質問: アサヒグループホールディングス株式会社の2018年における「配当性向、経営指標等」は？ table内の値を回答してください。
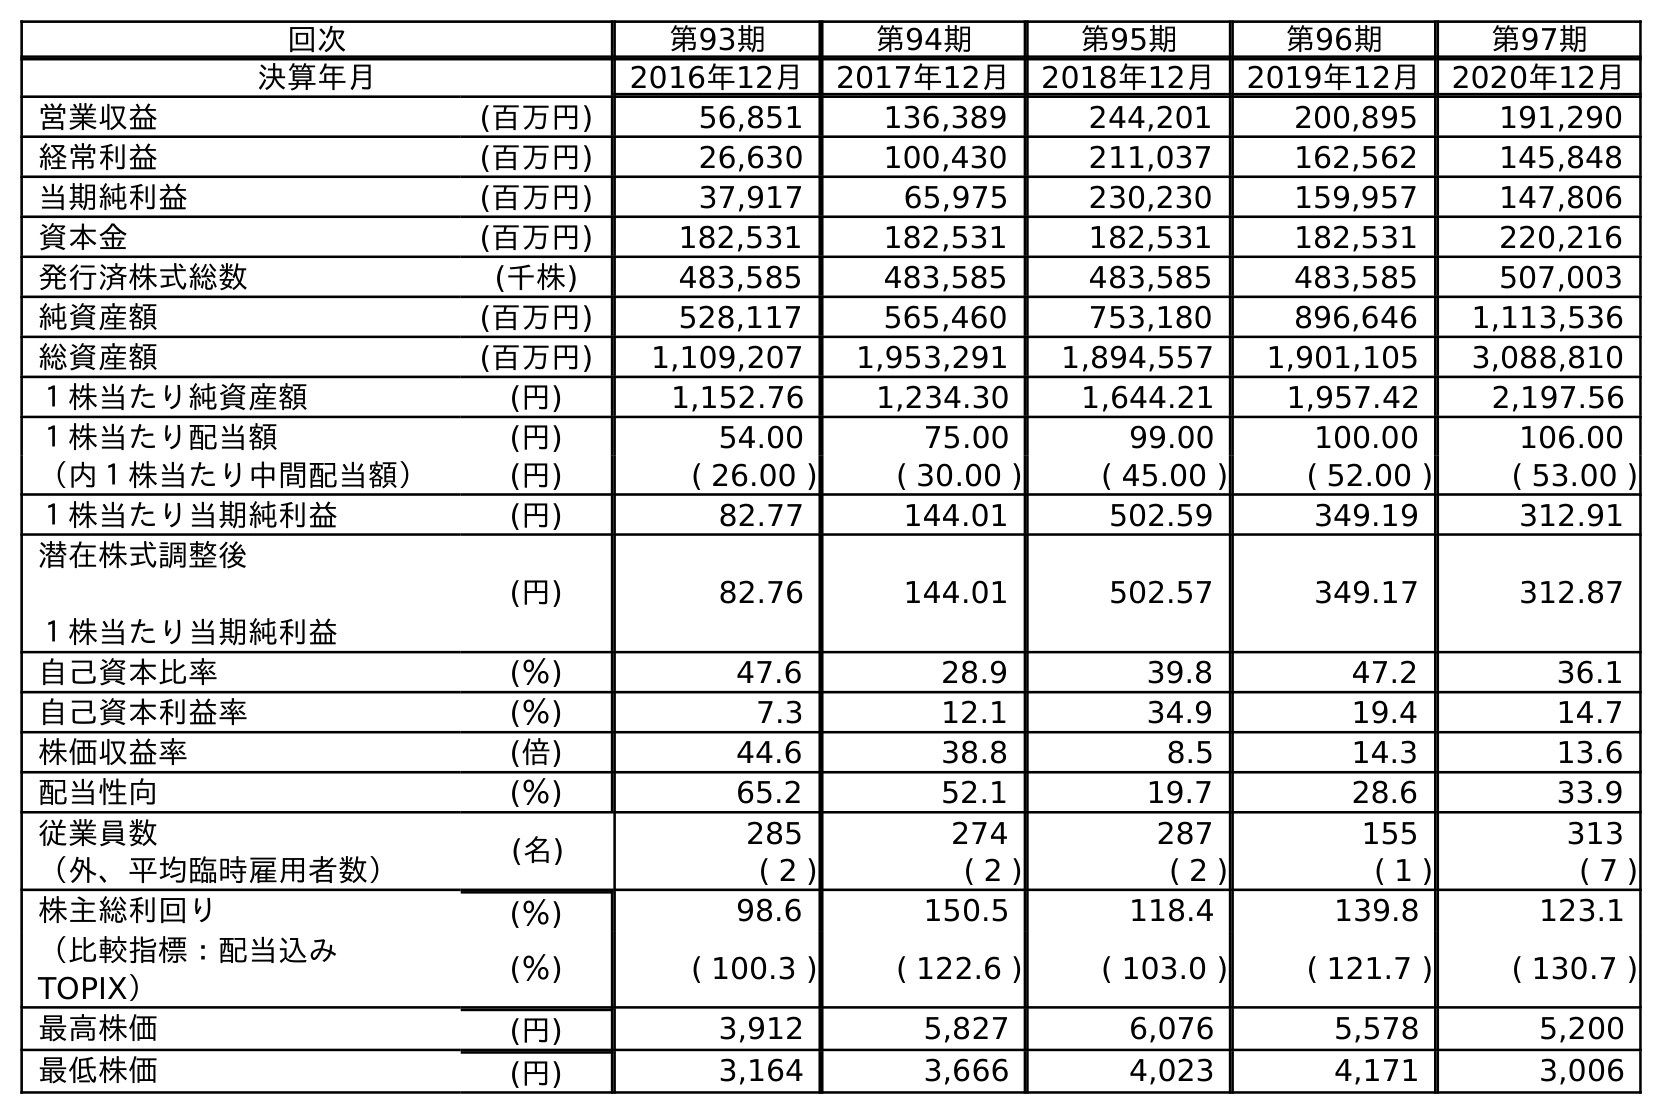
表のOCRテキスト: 回次 第93期 第94期 第95期 第96期 第97期 決算年月 2016年12月 2017年12月 2018年12月 2019年12月 2020年12月 営業収益 (百万円) 56,851 136,389 244,201 200,895 191,290 経常利益 (百万円) 26,630 100,430 211,037 162,562 145,848 当期純利益 (百万円) 37,917 65,975 230,230 159,957 147,806 資本金 (百万円) 182,531 182,531 182,531 182,531 220,216 発行済株式総数 (千株) 483,585 483,585 483,585 483,585 507,003 純資産額 (百万円) 528,117 565,460 753,180 896,646 1,113,536 総資産額 (百万円) 1,109,207 1,953,291 1,894,557 1,901,105 3,088,810 １株当たり純資産額 (円) 1,152.76 1,234.30 1,644.21 1,957.42 2,197.56 １株当たり配当額 (円) 54.00 75.00 99.00 100.00 106.00 （内１株当たり中間配当額） (円) ( 26.00 ) ( 30.00 ) ( 45.00 ) ( 52.00 ) ( 53.00 ) １株当たり当期純利益 (円) 82.77 144.01 502.59 349.19 312.91 潜在株式調整後 １株当たり当期純利益 (円) 82.76 144.01 502.57 349.17 312.87 自己資本比率 (％) 47.6 28.9 39.8 47.2 36.1 自己資本利益率 (％) 7.3 12.1 34.9 19.4 14.7 株価収益率 (倍) 44.6 38.8 8.5 14.3 13.6 配当性向 (％) 65.2 52.1 19.7 28.6 33.9 従業員数 (名) 285 274 287 155 313 （外、平均臨時雇用者数） ( 2 ) ( 2 ) ( 2 ) ( 1 ) ( 7 ) 株主総利回り (％) 98.6 150.5 118.4 139.8 123.1 （比較指標：配当込み TOPIX） (％) ( 100.3 ) ( 122.6 ) ( 103.0 ) ( 121.7 ) ( 130.7 ) 最高株価 (円) 3,912 5,827 6,076 5,578 5,200 最低株価 (円) 3,164 3,666 4,023 4,171 3,006
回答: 19.7